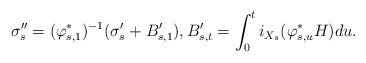
\begin{align*}\sigma''_{s} = (\varphi_{s,1}^{*})^{-1}(\sigma'_{s} + B'_{s,1}),B'_{s,t} = \int_{0}^{t} i_{X_{s}}(\varphi_{s,u}^{*}H) du.\end{align*}